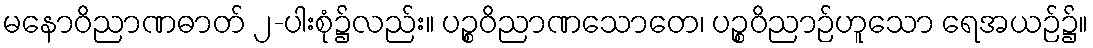
မနောဝိညာဏဓာတ် ၂-ပါးစုံ၌လည်း။ ပဉ္စဝိညာဏသောတေ၊ ပဉ္စဝိညာဉ်ဟူသော ရေအယဉ်၌။